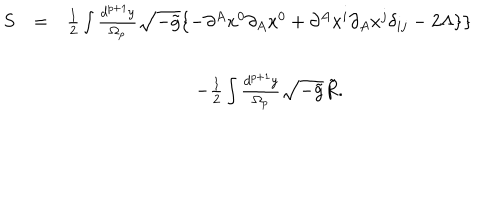
LaTeX: \begin{array} { c c c } { { S } } & { { = } } & { { \frac 1 2 \int \frac { d ^ { p + 1 } y } { \Omega _ { p } } \sqrt { - \tilde { g } } \{ - \partial ^ { A } x ^ { 0 } \partial _ { A } x ^ { 0 } + \partial ^ { A } x ^ { i } \partial _ { A } x ^ { j } \delta _ { i j } - 2 \Lambda \} \} } } \\ { { } } & { { } } & { { } } \\ { { } } & { { } } & { { - \frac 1 2 \int \frac { d ^ { p + 1 } y } { \Omega _ { p } } \sqrt { - \tilde { g } } \tilde { R } . } } \\ \end{array}